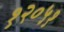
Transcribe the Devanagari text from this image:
१२०५१